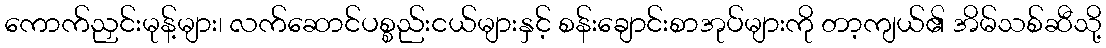
ကောက်ညှင်းမုန့်များ၊ လက်ဆောင်ပစ္စည်းငယ်များနှင့် စန်းချောင်းစာအုပ်များကို တာ့ကျယ်၏ အိမ်သစ်ဆီသို့